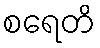
စရေတိ